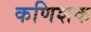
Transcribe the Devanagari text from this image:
कणिशक